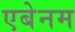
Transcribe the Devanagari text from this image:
एबेनम